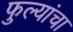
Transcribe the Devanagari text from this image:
फुल्यांचा